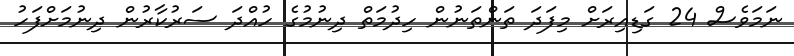
ނަމަވެސް 24 ގަޑިއިރަށް މިފަދަ ތަންތަނުން ހިދުމަތް ދިނުމުގެ ހުއްދަ ސަރުކާރުން ދިނުމަށްފަހު